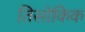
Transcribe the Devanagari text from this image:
तिसोकिक